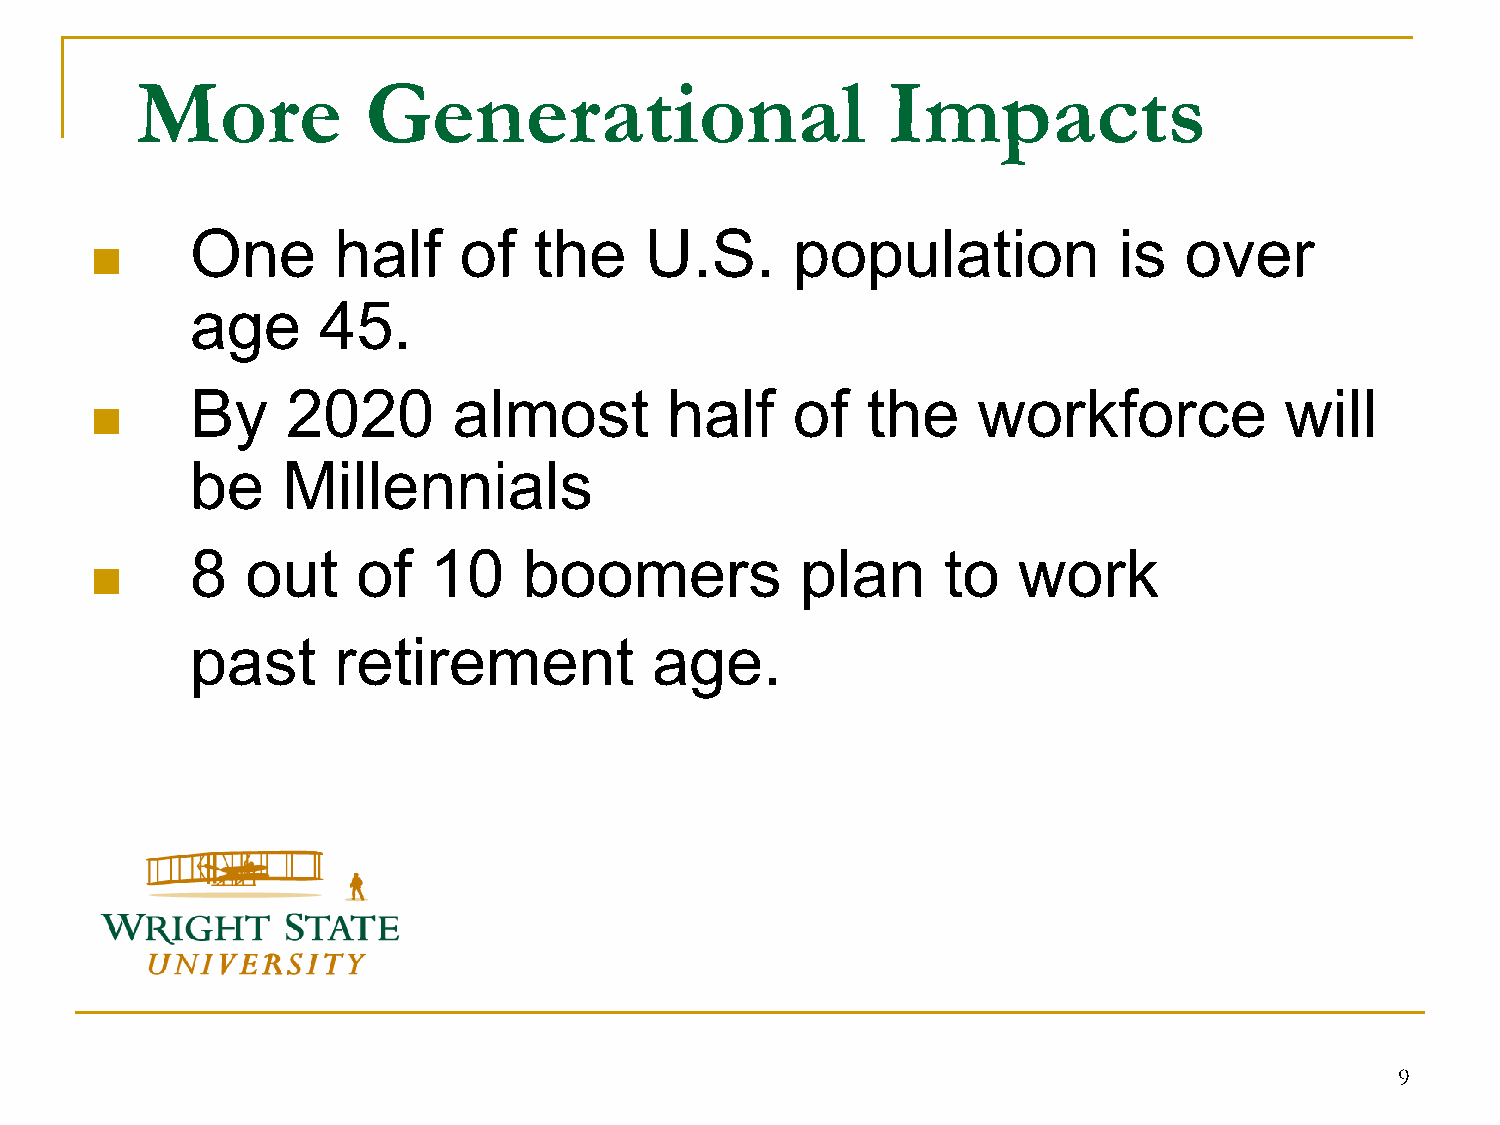
More           Generational                       Impacts
 One      half    of   the     U.S.      population           is  over
 
 age     45.
 By    2020       almost        half     of  the     workforce           will
 
 be    Millennials
 8  out     of  10     boomers           plan      to  work
 
 past     retirement           age.
 9